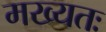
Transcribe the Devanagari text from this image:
मख्यतः